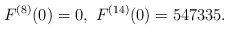
\begin{align*}F^{(8)}(0)=0,\ F^{(14)}(0)=547335.\end{align*}